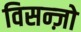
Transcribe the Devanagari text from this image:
विसन्ज़ो